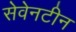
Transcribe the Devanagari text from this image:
सेवेनटीन